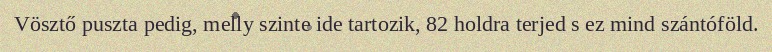
Vösztő puszta pedig, melly szinte ide tartozik, 82 holdra terjed s ez mind szántóföld.